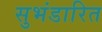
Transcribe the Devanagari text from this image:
सुभंडारित